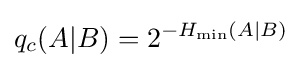
q_{c}(A|B)=2^{-H_{\min }(A|B)}